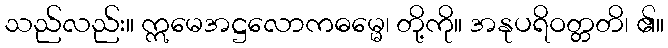
သည်လည်း။ ဣမေအဋ္ဌလောကဓမ္မေ၊ တို့ကို။ အနုပရိဝတ္တတိ၊ ၏။